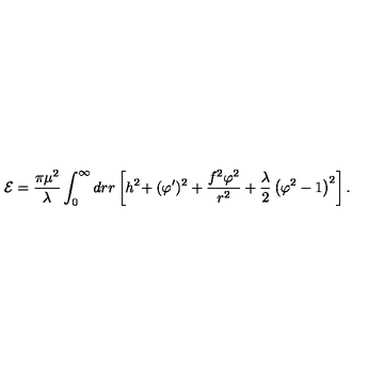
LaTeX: { \cal E } = { \frac { \pi \mu ^ { 2 } } { \lambda } } \int _ { 0 } ^ { \infty } d r r \left[ h ^ { 2 } \! + ( \varphi ^ { \prime } ) ^ { 2 } + { \frac { f ^ { 2 } \varphi ^ { 2 } } { r ^ { 2 } } } + { \frac { \lambda } { 2 } } \left( \varphi ^ { 2 } - 1 \right) ^ { 2 } \right] .